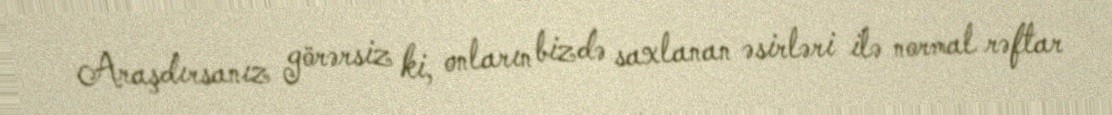
Araşdırsanız görərsiz ki, onların bizdə saxlanan əsirləri ilə normal rəftar